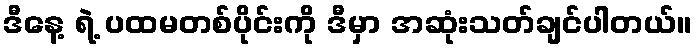
ဒီနေ့ ရဲ့ ပထမတစ်ပိုင်းကို ဒီမှာ အဆုံးသတ်ချင်ပါတယ်။